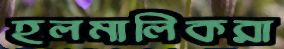
হলমালিকরা